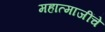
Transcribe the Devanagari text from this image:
महात्माजींचे